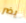
يضر